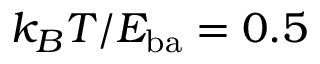
k _ { B } T / E _ { \mathrm { b a } } = 0 . 5